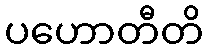
ပဟောတီတိ